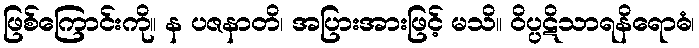
ဖြစ်ကြောင်းကို။ န ပဇနာတိ၊ အပြားအားဖြင့် မသိ။ ဝိပ္ပဋိသာရနိရောဓံ၊